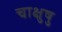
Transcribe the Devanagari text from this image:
चाक्षुषु